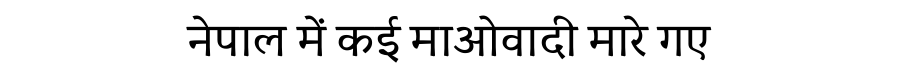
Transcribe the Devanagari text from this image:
नेपाल में कई माओवादी मारे गए